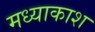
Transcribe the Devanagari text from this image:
मध्याकाश